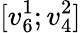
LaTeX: [v_{6}^{1};v_{4}^{2}]